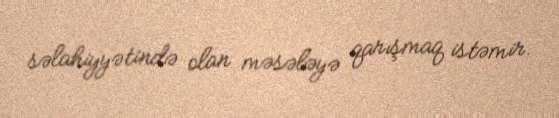
səlahiyyətində olan məsələyə qarışmaq istəmir.